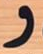
و